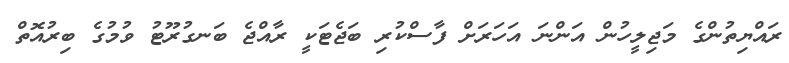
ރައްޔިތުންގެ މަޖިލީހުން އަންނަ އަހަރަށް ފާސްކުރި ބަޖެޓަކީ ރާއްޖެ ބަނގުރޫޓު ވުމުގެ ބިރުއޮތް